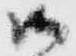
御